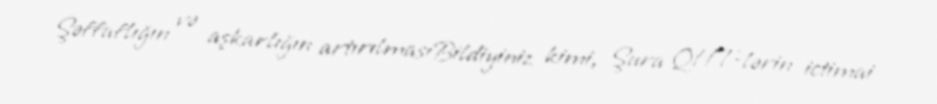
Şəffaflığın və aşkarlığın artırılmasıBildiyiniz kimi, Şura QHT-lərin ictimai